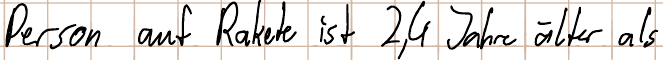
Person auf Rakete ist 2,4 Jahre älter als